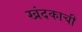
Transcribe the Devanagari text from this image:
खंदकाची